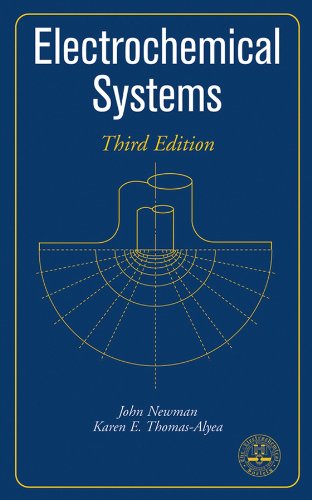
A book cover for Electrochemical Systems, 3rd Edition; John Newman; Science & Math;